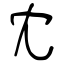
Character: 冘